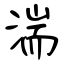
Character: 湍